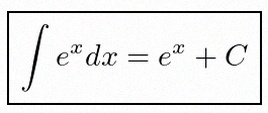
\int e^x dx=e^x+C